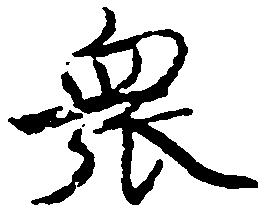
衆